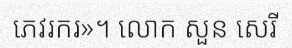
ភេវរករ»។ លោក សួន សេរី